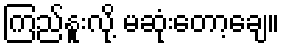
ကြည်နူးလို့ မဆုံးတော့ချေ။